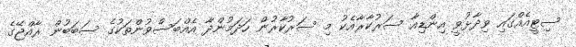
ސިޓީއެއްގައި ވިދާޅުވީ އިންޑިއާ ސަރުކާރާއެކު މި ސަރުކާރުން ހަދަމުންދާ އެއްބަސްވުންތަކުގެ ސަބަބުން ރާއްޖޭގެ